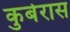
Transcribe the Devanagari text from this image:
कुबेरास